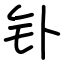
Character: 钋